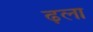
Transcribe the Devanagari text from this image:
ढ़ला